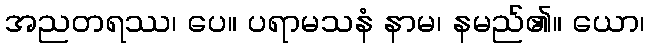
အညတရဿ၊ ပေ။ ပရာမသနံ နာမ၊ နမည်၏။ ယော၊